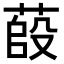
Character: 𦷊